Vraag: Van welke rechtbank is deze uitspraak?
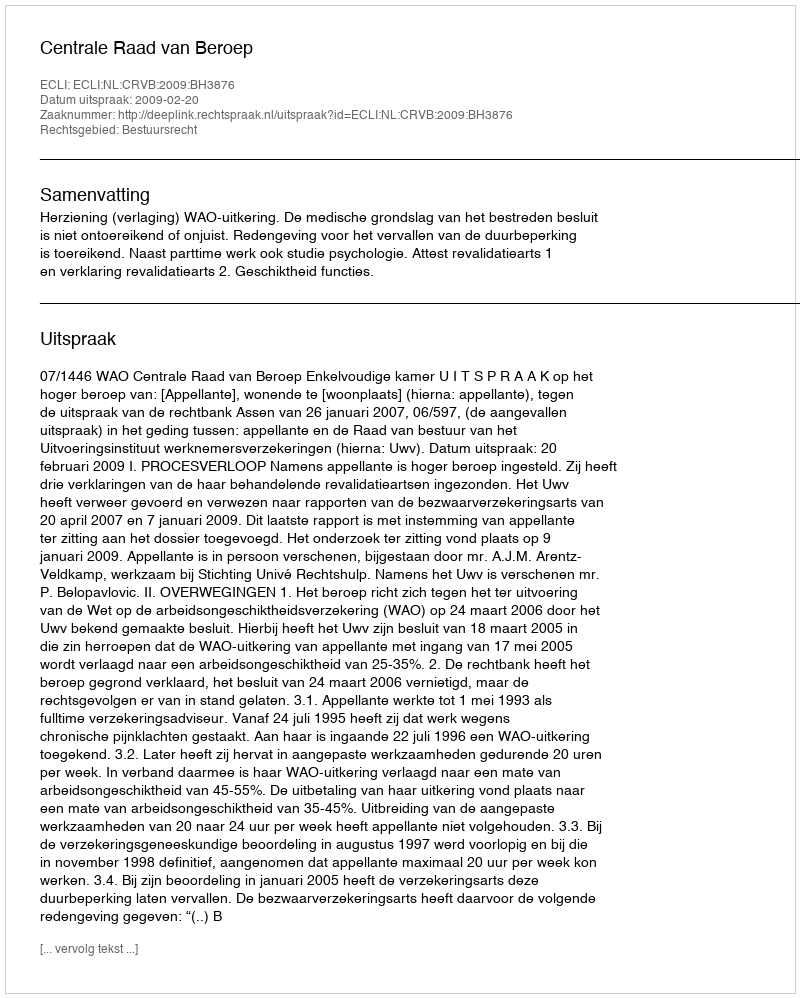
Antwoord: Centrale Raad van Beroep